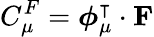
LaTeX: C_{\mu}^{F}=\boldsymbol{\phi}_{\mu}^{\intercal}\cdot{\mathbf F}